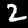
Label: 2